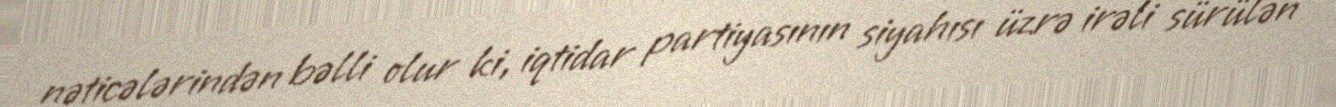
nəticələrindən bəlli olur ki, iqtidar partiyasının siyahısı üzrə irəli sürülən